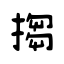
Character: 搊